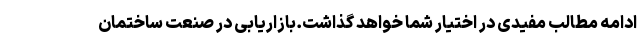
ادامه مطالب مفیدی در اختیار شما خواهد گذاشت.بازاریابی در صنعت ساختمان